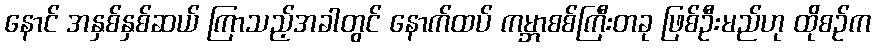
နောင် အနှစ်နှစ်ဆယ် ကြာသည့်အခါတွင် နောက်ထပ် ကမ္ဘာစစ်ကြီးတခု ဖြစ်ဦးမည်ဟု ထိုစဉ်က